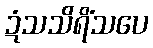
ဍံသသိရိံသပေ